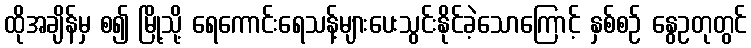
ထိုအချိန်မှ စ၍ မြို့သို့ ရေကောင်းရေသန့်များပေးသွင်းနိုင်ခဲ့သောကြောင့် နှစ်စဉ် နွေဥတုတွင်